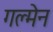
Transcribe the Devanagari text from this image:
गल्मेन